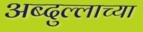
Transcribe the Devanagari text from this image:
अब्दुल्लाच्या